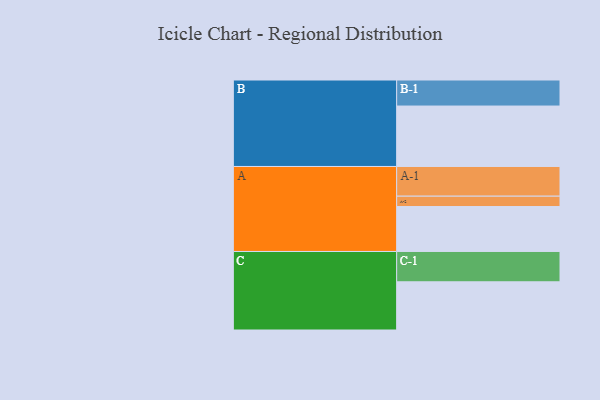
{"axis": {"x": "Segment", "y": "Value"}, "legend": ["", "A", "B", "C"], "data": [{"x": "A", "y": 430, "type": ""}, {"x": "B", "y": 578, "type": ""}, {"x": "C", "y": 461, "type": ""}, {"x": "A-1", "y": 284, "type": "A"}, {"x": "A-2", "y": 99, "type": "A"}, {"x": "B-1", "y": 249, "type": "B"}, {"x": "C-1", "y": 290, "type": "C"}]}